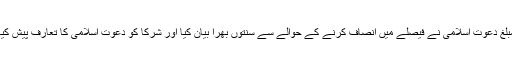
مبلغ دعوتِ اسلامی نے فیصلے میں انصاف کرنے کے حوالے سے سنّتوں بھرا بیان کیا اور شرکا کو دعوتِ اسلامی کا تعارف پیش کیا۔